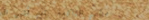
مطعم الفاكهة يقدم أشهى ال